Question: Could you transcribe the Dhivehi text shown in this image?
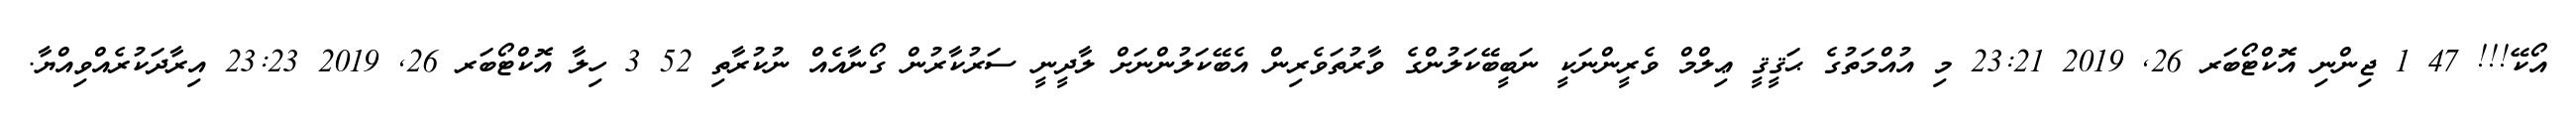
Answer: އޯކޭ!!! 47 1 ޖިންނި އޮކްޓޯބަރ 26, 2019 23:21 މި އުއްމަތުގެ ޙަޤީޤީ ޢިލްމް ވެރީންނަކީ ނަބީބޭކަލުންގެ ވާރުތަވެރިން އެބޭކަލުންނަށް ލާދީނީ ސަރުކާރުން ގޯނާއެއް ނުކުރާތި 52 3 ހިލާ އޮކްޓޯބަރ 26, 2019 23:23 އިރާދަކުރެއްވިއްޔާ.